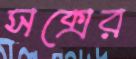
সক্সের